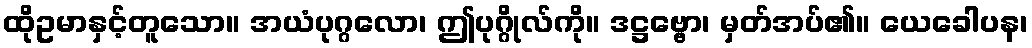
ထိုဥမာနှင့်တူသော။ အယံပုဂ္ဂလော၊ ဤပုဂ္ဂိုလ်ကို။ ဒဋ္ဌဗ္ဗော၊ မှတ်အပ်၏။ ယေခေါပန၊